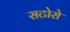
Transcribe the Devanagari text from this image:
सटोरो